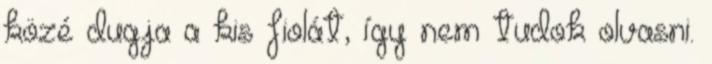
közé dugja a kis fiolát, így nem tudok olvasni.